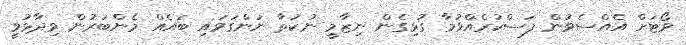
ވޯޓަށް އެއްސެވުން ފަސްކުރެއްވުމާ ގުޅިގެން ނިޒާމީ ނުކުތާ ނަންގަވައި ބައެއް މެންބަރުން ވިދާޅުވީ